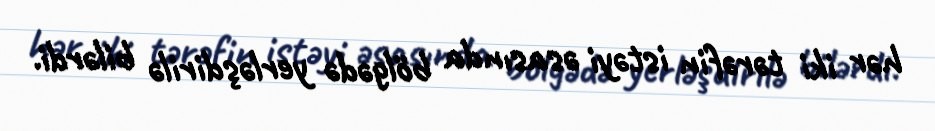
hər iki tərəfin istəyi əsasında bölgədə yerləşdirilə bilərdi.